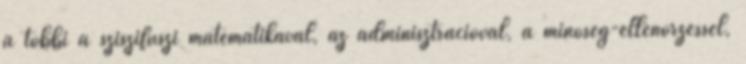
a többi a sziszifuszi matematikával, az adminisztrációval, a minőség-ellenőrzéssel,